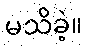
မသိခဲ့။